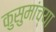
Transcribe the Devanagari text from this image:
कुसुमांच्या